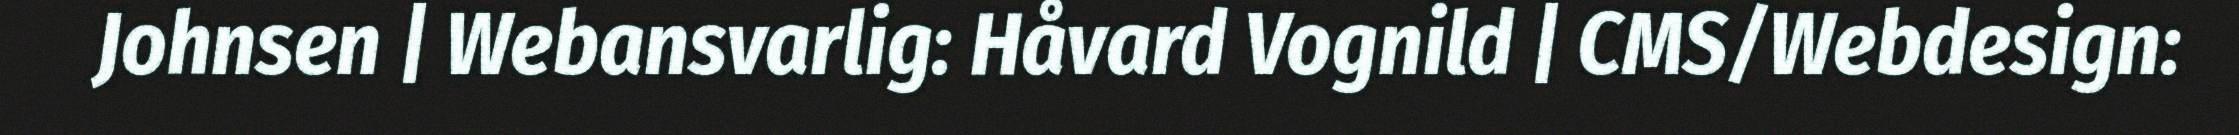
Johnsen | Webansvarlig: Håvard Vognild | CMS/Webdesign: